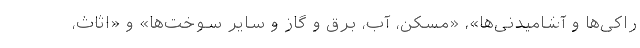
راکی‌ها و آشامیدنی‌ها»، «مسکن، آب، برق و گاز و سایر سوخت‌ها» و «اثاث،